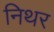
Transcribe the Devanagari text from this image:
निथर